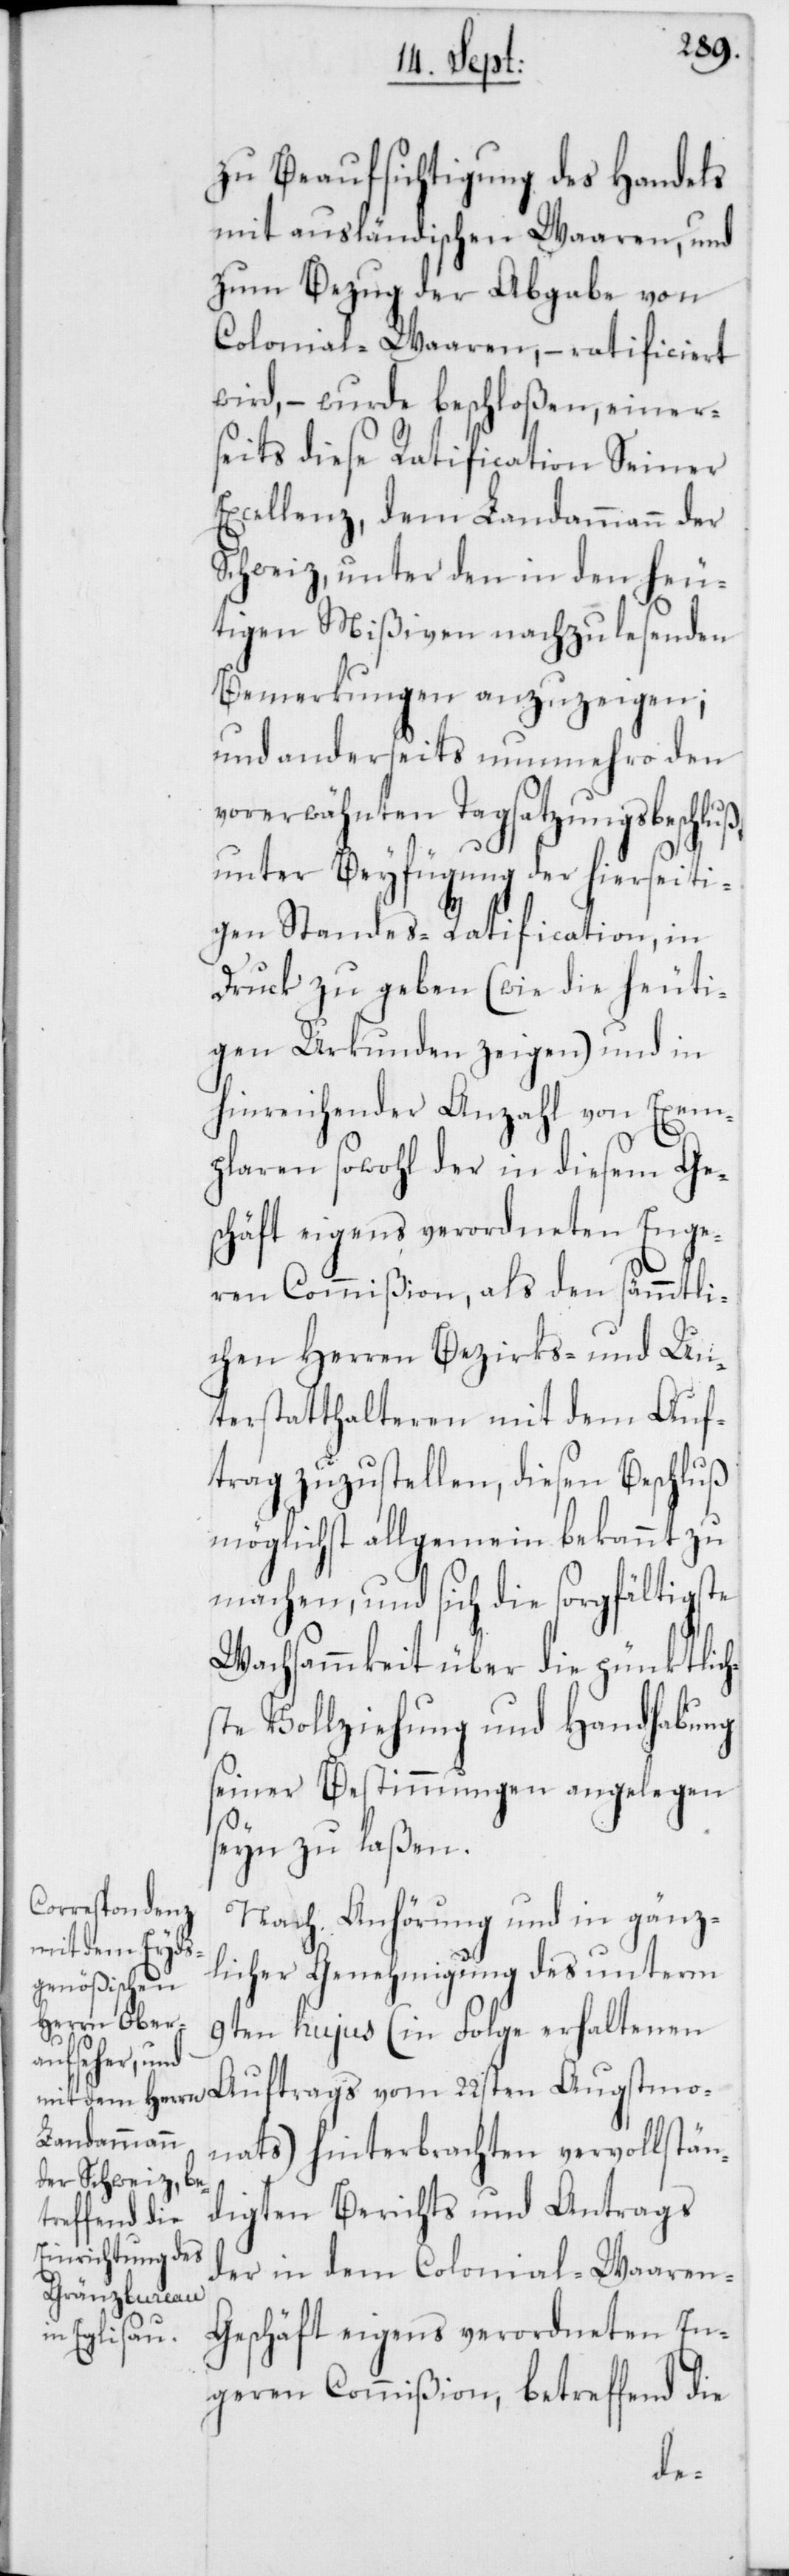
zu Beaufsichtigung des Handels
mit ausländischen Waaren, und
zum Bezug der Abgabe von
Colonial-Waaren, – ratificiert
wird, – wurde beschloßen, einer¬
seits diese Ratification Seiner
Excellenz, dem Landammann der
Schweiz, unter den in den heu¬
tigen Mißiven nachzulesenden
Bemerkungen anzuzeigen;
und anderseits nunmehro den
vorerwähnten Tagsatzungsbeschluß
unter Beyfügung der hierseiti¬
gen Standes-Ratification, in
Druck zu geben (wie die heuti¬
gen Urkunden zeigen) und in
hinreichender Anzahl von Exem¬
plaren sowohl der in diesem Ges¬
chäft eigens verordneten Enge¬
ren Commißion, als den sämmtli¬
chen Herren Bezirks- und Un¬
terstatthalteren mit dem Auf¬
trag zuzustellen, diesen Beschluß
möglichst allgemein bekannt zu
machen, und sich die sorgfältigste
Wachsammkeit über die pünktlich¬
ste Vollziehung und Handhabung
seiner Bestimmungen angelegen
seyn zu laßen.
Nach Anhörung und in gänz¬
licher Genehmigung des unterm
9ten hujus (in Folge erhaltenen
Auftrags vom 22sten Augstmo¬
nats) hinterbrachten vervollstän¬
digten Berichts und Antrags
der in dem Colonial-Waare¬
n-Geschäft eigens verordneten En¬
geren Commißion, betreffend die